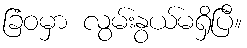
ခြံဝမှာ လွမ်းနွယ်မရှိပြီ။